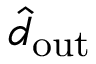
\hat { d } _ { \mathrm { o u t } }